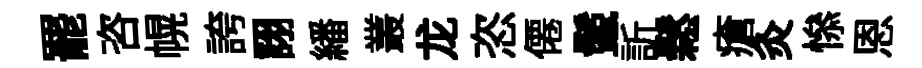
罷咨幌誇詡繙叢龙恣僊鬛訢鬆瘡灸𢡖恩